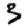
Digit: 3